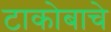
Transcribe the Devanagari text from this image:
टाकोबाचे